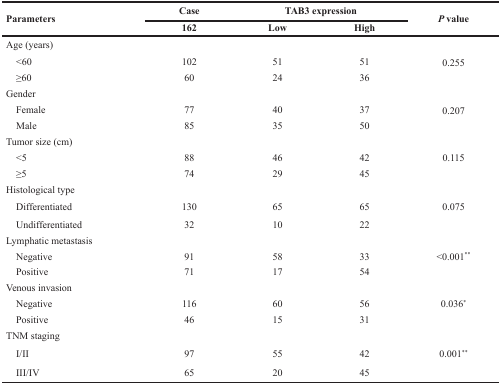
<table><thead><tr><td rowspan="2"><b>Parameters</b></td><td><b>Case</b></td><td colspan="2"><b>TAB3 expression</b></td><td rowspan="2"><b><i>P</i> value</b></td></tr><tr><td><b>162</b></td><td><b>Low</b></td><td><b>High</b></td></tr></thead><tbody><tr><td>Age (years)</td><td></td><td></td><td></td><td></td></tr><tr><td> &lt;60</td><td>102</td><td>51</td><td>51</td><td>0.255</td></tr><tr><td> ≥60</td><td>60</td><td>24</td><td>36</td><td></td></tr><tr><td>Gender</td><td></td><td></td><td></td><td></td></tr><tr><td> Female</td><td>77</td><td>40</td><td>37</td><td>0.207</td></tr><tr><td> Male</td><td>85</td><td>35</td><td>50</td><td></td></tr><tr><td>Tumor size (cm)</td><td></td><td></td><td></td><td></td></tr><tr><td> &lt;5</td><td>88</td><td>46</td><td>42</td><td>0.115</td></tr><tr><td> ≥5</td><td>74</td><td>29</td><td>45</td><td></td></tr><tr><td>Histological type</td><td></td><td></td><td></td><td></td></tr><tr><td> Differentiated</td><td>130</td><td>65</td><td>65</td><td>0.075</td></tr><tr><td> Undifferentiated</td><td>32</td><td>10</td><td>22</td><td></td></tr><tr><td>Lymphatic metastasis</td><td></td><td></td><td></td><td></td></tr><tr><td> Negative</td><td>91</td><td>58</td><td>33</td><td>&lt;0.001<sup>**</sup></td></tr><tr><td> Positive</td><td>71</td><td>17</td><td>54</td><td></td></tr><tr><td>Venous invasion</td><td></td><td></td><td></td><td></td></tr><tr><td> Negative</td><td>116</td><td>60</td><td>56</td><td>0.036<sup>*</sup></td></tr><tr><td> Positive</td><td>46</td><td>15</td><td>31</td><td></td></tr><tr><td>TNM staging</td><td></td><td></td><td></td><td></td></tr><tr><td> I/II</td><td>97</td><td>55</td><td>42</td><td>0.001<sup>**</sup></td></tr><tr><td> III/IV</td><td>65</td><td>20</td><td>45</td><td></td></tr></tbody></table>